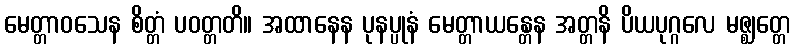
မေတ္တာဝသေန စိတ္တံ ပဝတ္တတိ။ အထာနေန ပုနပ္ပုနံ မေတ္တာယန္တေန အတ္တနိ ပိယပုဂ္ဂလေ မဇ္ဈတ္တေ